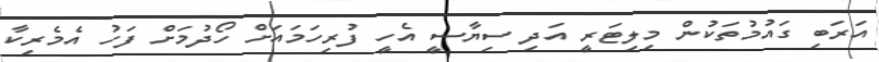
އަރަބި ގައުމުތަކުން މިލިޓަރީ އަދި ސިޔާސީ އެހީ ފުރިހަމައަށް ހޯދުމަށް ފަހު އެމެރިކާ